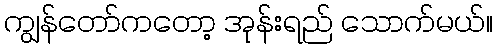
ကျွန်တော်ကတော့ အုန်းရည် သောက်မယ်။